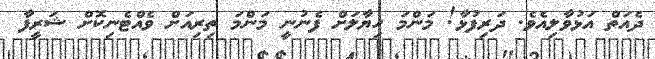
ދެއަތް އަޅުވާލިއެވެ. ދަރިފުޅާ! މަންމަ ހިޔާލަށް ފެނުނީ މަންމަ ތިރިއަށް ވެއްޓެނިކޮށް ޝަރީފާ